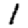
Digit: 1